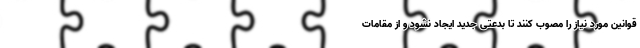
قوانین مورد نیاز را مصوب کنند تا بدعتی جدید ایجاد نشود و از مقامات